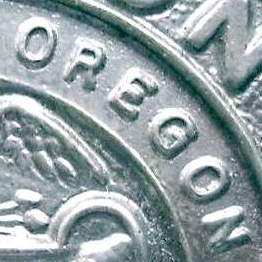
OREGON